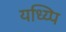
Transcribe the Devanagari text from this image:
यध्य्पि